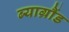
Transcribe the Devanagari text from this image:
ब्याग्रौंड